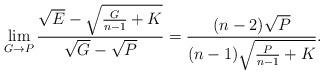
LaTeX: \begin{align*} \lim_{G\to P}\frac{\sqrt{E}-\sqrt{\frac{G}{n-1}+K}} {\sqrt{G}-\sqrt{P}} =\frac{(n-2)\sqrt{P}}{(n-1)\sqrt{\frac{P}{n-1}+K}}.\end{align*}